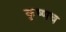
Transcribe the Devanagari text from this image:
कृष्णच